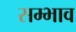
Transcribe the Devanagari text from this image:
सम्भाव